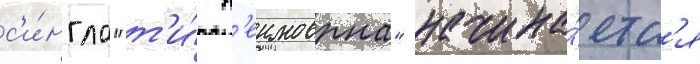
с'и́нгла "т'и́ н'еимоврна" начина́етс'я